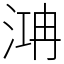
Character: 㴂